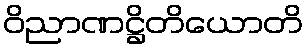
ဝိညာဏဋ္ဌိတိယောတိ